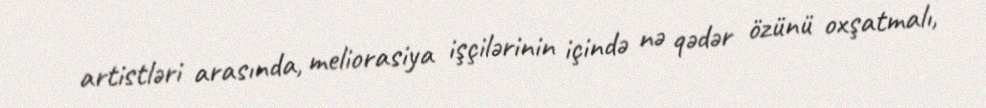
artistləri arasında, meliorasiya işçilərinin içində nə qədər özünü oxşatmalı,